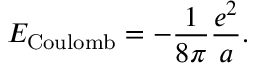
E _ { \mathrm { C o u l o m b } } = - { \frac { 1 } { 8 \pi } } { \frac { e ^ { 2 } } { a } } .